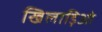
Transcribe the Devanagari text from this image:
खिलाड़िओ